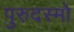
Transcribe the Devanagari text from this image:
पुरुदस्मो